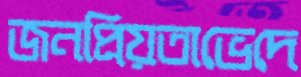
জনপ্রিয়তাভেদে